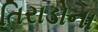
તિરાડોના